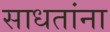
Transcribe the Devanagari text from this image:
साधतांना